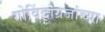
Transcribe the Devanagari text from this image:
गोविंदाग्रजांच्या